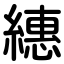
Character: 繐